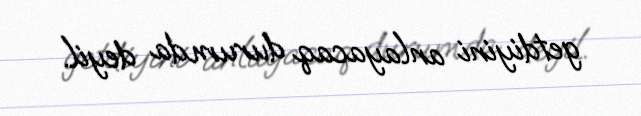
getdiyini anlayacaq durumda deyil.